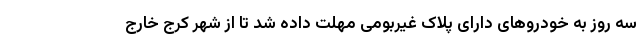
سه روز به خودروهای دارای پلاک غیربومی مهلت داده شد تا از شهر کرج خارج